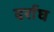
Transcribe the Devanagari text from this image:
दर्राघ